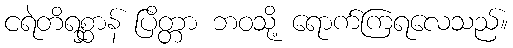
ငရဲတိရစ္ဆာန် ပြိတ္တာ ဘဝသို့ ရောက်ကြရလေသည်။